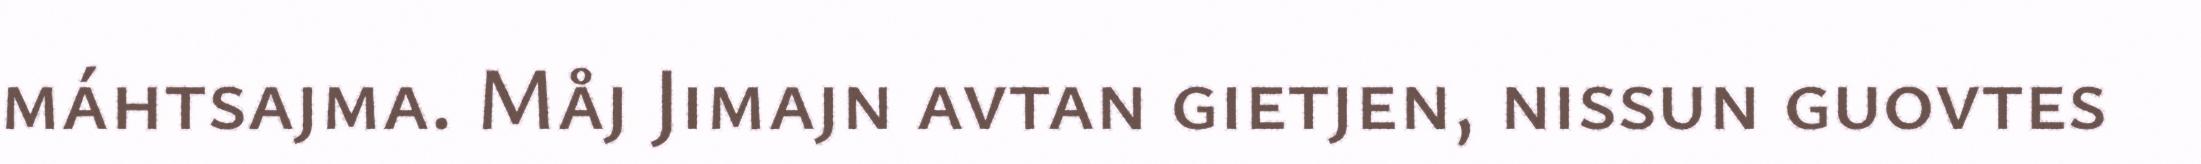
máhtsajma. Måj Jimajn avtan gietjen, nissun guovtes